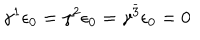
\gamma ^ { 1 } \epsilon _ { 0 } = \gamma ^ { 2 } \epsilon _ { 0 } = \gamma ^ { \bar { 3 } } \epsilon _ { 0 } = 0